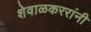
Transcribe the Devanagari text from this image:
शेवाळकररांनी